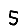
Digit: 5